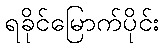
ရခိုင်မြောက်ပိုင်း